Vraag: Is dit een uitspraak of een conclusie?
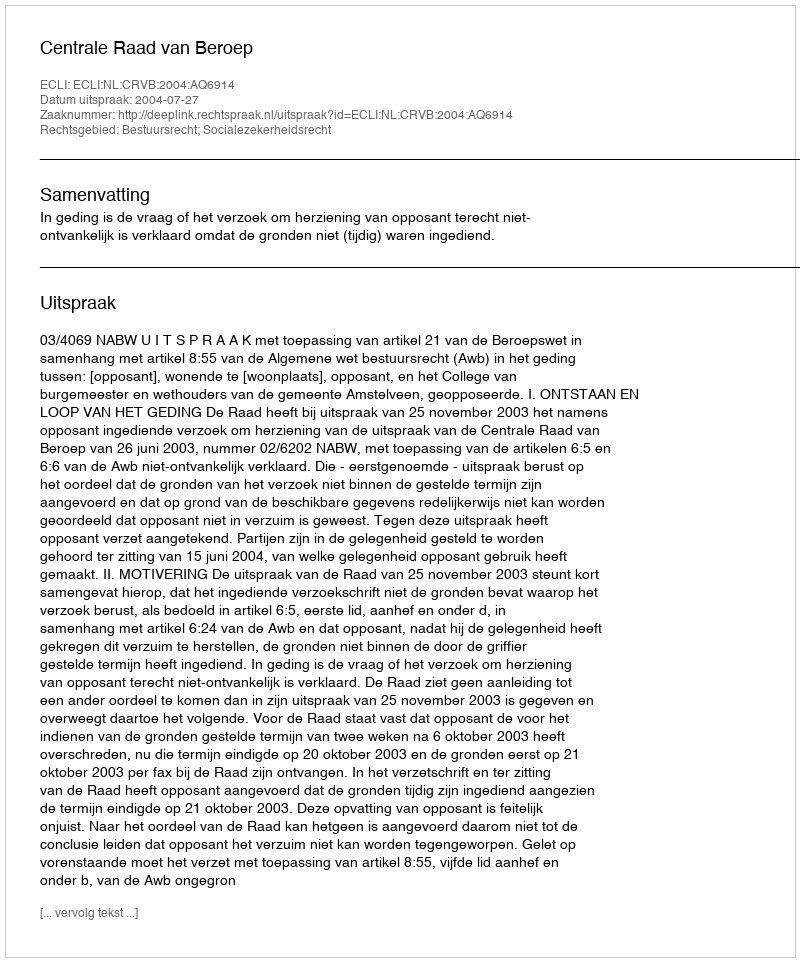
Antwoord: Uitspraak